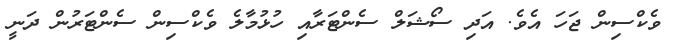
ވެކްސިން ޖަހަ އެވެ. އަދި ސޯޝަލް ސެންޓަރާއި ހުޅުމާލެ ވެކްސިން ސެންޓަރުން ދަނީ